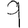
Digit: 9